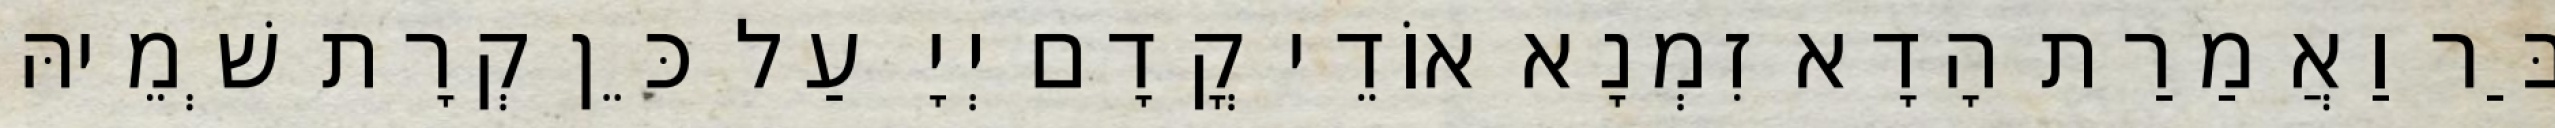
בַּר וַאֲמַרַת הָדָא זִמְנָא אוֹדֵי קֳדָם יְיָ עַל כֵּן קְרָת שְׁמֵיהּ